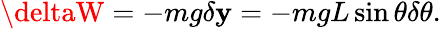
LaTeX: \deltaW=-mg\delta\mathbf{y}=-mgL\sin\theta\delta\theta.